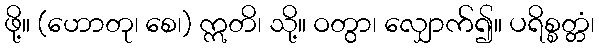
ဖို့။ (ဟောတု၊ စေ၊) ဣတိ၊ သို့။ ဝတွာ၊ လျှောက်၍။ ပရိစ္စတ္တံ၊